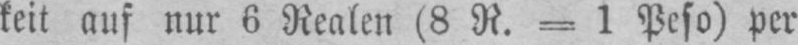
keit auf nur 6 Realen (8 R. - 1 Peso) per